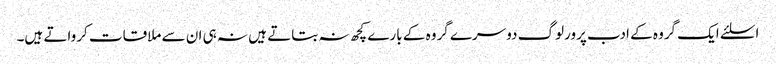
اسلئے ایک گروہ کے ادب پرورلوگ دوسرے گروہ کے بارے کچھ نہ بتاتے ہیں نہ ہی ان سے ملاقات کرواتے ہیں۔